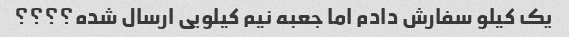
یک کیلو سفارش دادم اما جعبه نیم کیلویی ارسال شده؟؟؟؟